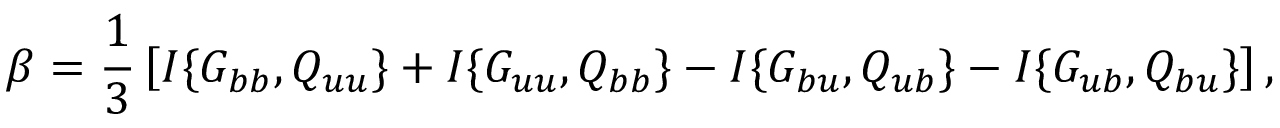
\beta = \frac { 1 } { 3 } \left[ { I \{ { G _ { b b } , Q _ { u u } } \} + I \{ { G _ { u u } , Q _ { b b } } \} - I \{ { G _ { b u } , Q _ { u b } } \} - I \{ { G _ { u b } , Q _ { b u } } \} } \right] ,